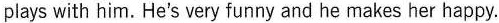
plays with him.He's very funny and he makes her happy.